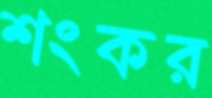
শংকর